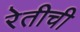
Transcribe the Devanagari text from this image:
रेतीची